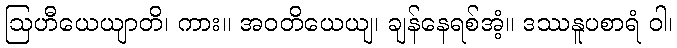
ဩဟီယေယျာတိ၊ ကား။ အဝတိယေယျ၊ ချန်နေရစ်အံ့။ ဒဿနူပစာရံ ဝါ၊